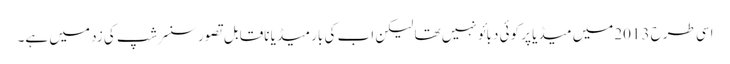
اسی طرح 2013میں میڈیا پر کوئی دبائو نہیں تھا لیکن اب کی بار میڈیا ناقابل تصورسنسرشپ کی زد میں ہے۔